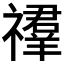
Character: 𥜉